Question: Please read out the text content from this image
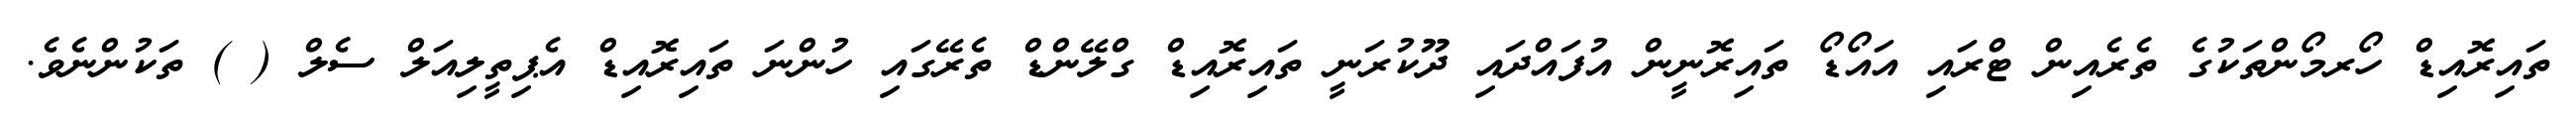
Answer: ތައިރޮއިޑް ހޯރމޯންތަކުގެ ތެރެއިން ޓްރައި އައޯޑޯ ތައިރޮނީން އުފައްދައި ދޫކުރަނީ ތައިރޮއިޑް ގްލޭންޑް ތެރޭގައި ހުންނަ ތައިރޮއިޑް އެޕިތީލިއަލް ސެލް ( ) ތަކުންނެވެ.